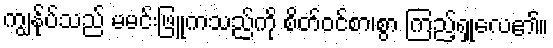
ကျွန်ုပ်သည် မမင်းဖြူကသည်ကို စိတ်ဝင်စာ၊စွာ ကြည့်ရှုလေ၏။